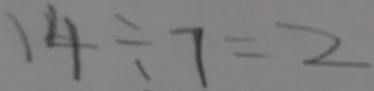
1 4 \div 7 = 2